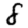
Digit: 8